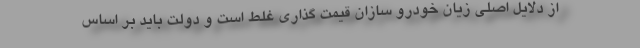
از دلایل اصلی زیان خودرو سازان قیمت گذاری غلط است و دولت باید بر اساس